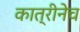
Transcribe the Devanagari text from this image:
कात्रीनेच